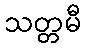
သတ္တမီ